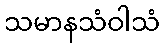
သမာနသံဝါသံ